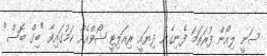
ސަނީ ލިއޯން ފުރަތަމަ ފެނިގެން ދިޔައީ ރިއަލިޓީ ޝޯވްއެއް ކަމުގައިވާ "ބިގް ބޮސް"